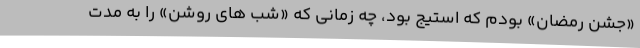
«جشن رمضان» بودم که استیج بود، چه زمانی که «شب های روشن» را به مدت